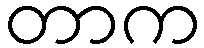
တာက